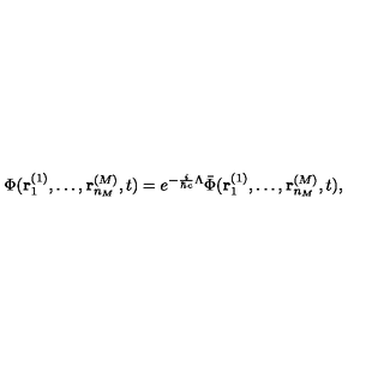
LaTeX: \Phi ( { \bf r } _ { 1 } ^ { ( 1 ) } , \ldots , { \bf r } _ { n _ { M } } ^ { ( M ) } , t ) = e ^ { - \frac { i } { \hbar c } \Lambda } \bar { \Phi } ( { \bf r } _ { 1 } ^ { ( 1 ) } , \ldots , { \bf r } _ { n _ { M } } ^ { ( M ) } , t ) ,